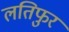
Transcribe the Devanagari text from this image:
लतिफुर